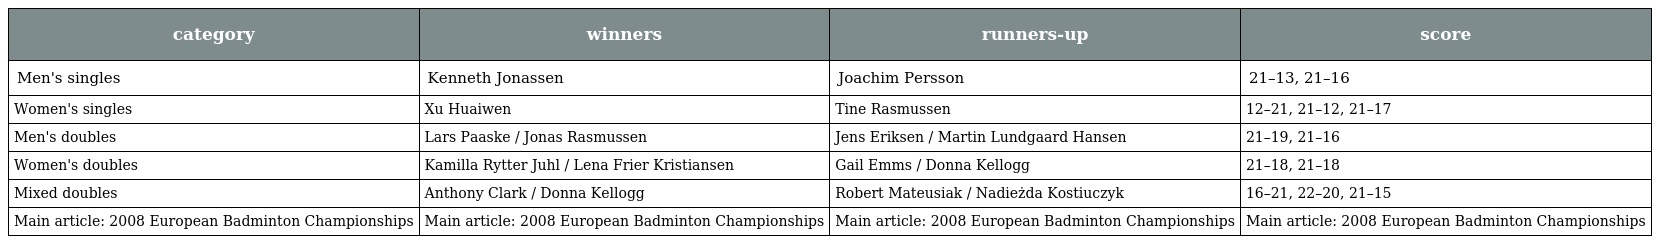
| category | winners | runners-up | score |
 | --- | --- | --- | --- |
 | Men's singles | Kenneth Jonassen | Joachim Persson | 21–13, 21–16 |
 | Women's singles | Xu Huaiwen | Tine Rasmussen | 12–21, 21–12, 21–17 |
 | Men's doubles | Lars Paaske / Jonas Rasmussen | Jens Eriksen / Martin Lundgaard Hansen | 21–19, 21–16 |
 | Women's doubles | Kamilla Rytter Juhl / Lena Frier Kristiansen | Gail Emms / Donna Kellogg | 21–18, 21–18 |
 | Mixed doubles | Anthony Clark / Donna Kellogg | Robert Mateusiak / Nadieżda Kostiuczyk | 16–21, 22–20, 21–15 |
 | Main article: 2008 European Badminton Championships | Main article: 2008 European Badminton Championships | Main article: 2008 European Badminton Championships | Main article: 2008 European Badminton Championships |